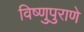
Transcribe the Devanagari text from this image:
विष्णुपुराणे